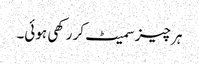
ہر چیز سمیٹ کر رکھی ہوئی۔